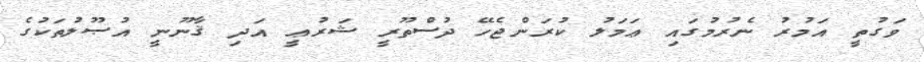
ވަގުތީ އަމުރު ނެރުމުގައި ޢަމަލު ކުރަންޖެހޭ ދުސްތޫރީ ޝަރުޢީ އަދި ޤާނޫނީ އުޞޫލުތަކުގެ